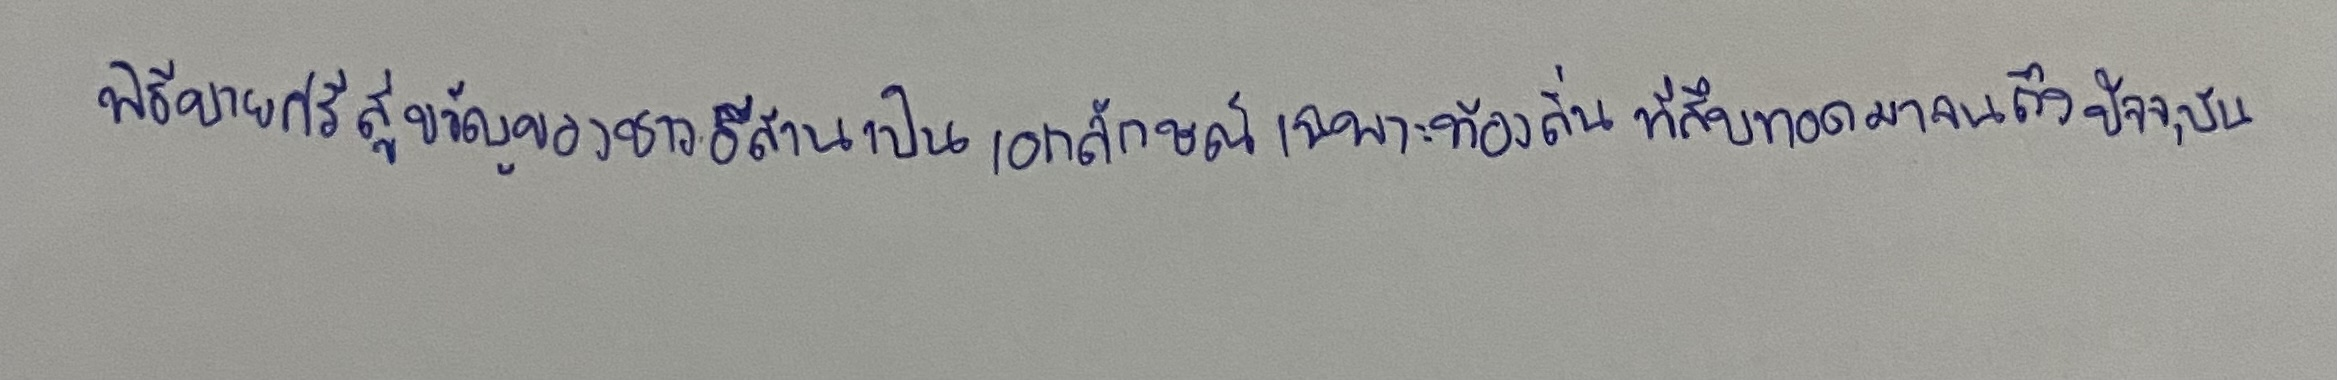
พิธีบายศรีสู่ขวัญของชาวอีสานเป็นเอกลักษณ์เฉพาะท้องถิ่นที่สืบทอดมาจนถึงปัจจุบัน